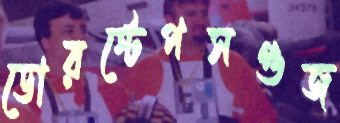
ডোরস্টেপসগুজ